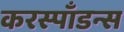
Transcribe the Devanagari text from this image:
करस्पाँडन्स